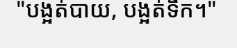
"បង្អត់បាយ, បង្អត់ទឹក។"